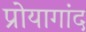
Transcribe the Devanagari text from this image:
प्रोयागांद